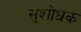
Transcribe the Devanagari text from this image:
स्ंशोधक